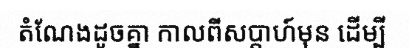
តំណែងដូចគ្នា កាលពីសប្តាហ៍មុន ដើម្បី